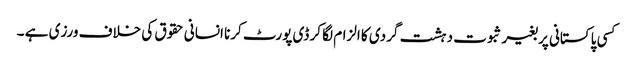
کسی پاکستانی پر بغیر ثبوت دہشت گردی کا الزام لگا کر ڈی پورٹ کرنا انسانی حقوق کی خلاف ورزی ہے ۔